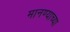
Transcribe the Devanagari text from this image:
मानण्याच्या